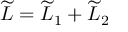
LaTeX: \widetilde { L } = \widetilde { L } _ { 1 } + \widetilde { L } _ { 2 }